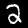
Label: 2